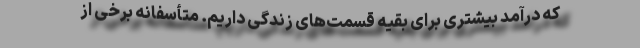
که درآمد بیشتری برای بقیه قسمت‌های زندگی داریم. متأسفانه برخی از